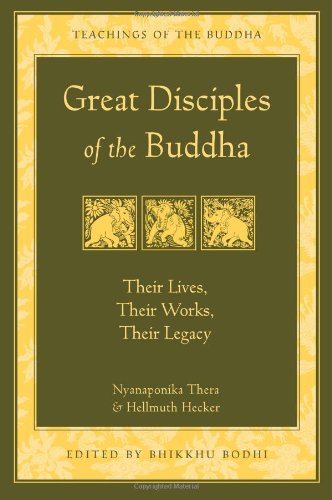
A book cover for Great Disciples of the Buddha: Their Lives, Their Works, Their Legacy (Teachings of the Buddha); Nyanaponika Thera; Religion & Spirituality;